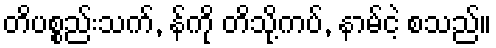
တိပစ္စည်းသက်, န်ကို တိသို့ကပ်, နာမ်ငဲ့ စသည်။